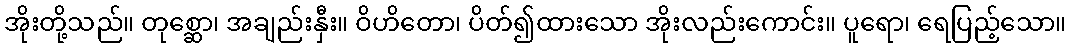
အိုးတို့သည်။ တုစ္ဆော၊ အချည်းနှီး။ ဝိဟိတော၊ ပိတ်၍ထားသော အိုးလည်းကောင်း။ ပူရော၊ ရေပြည့်သော။